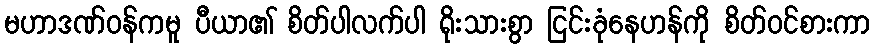
မဟာဒဏ်ဝန်ကမူ ပီယာ၏ စိတ်ပါလက်ပါ ရိုးသားစွာ ငြင်းခုံနေဟန်ကို စိတ်ဝင်စားကာ